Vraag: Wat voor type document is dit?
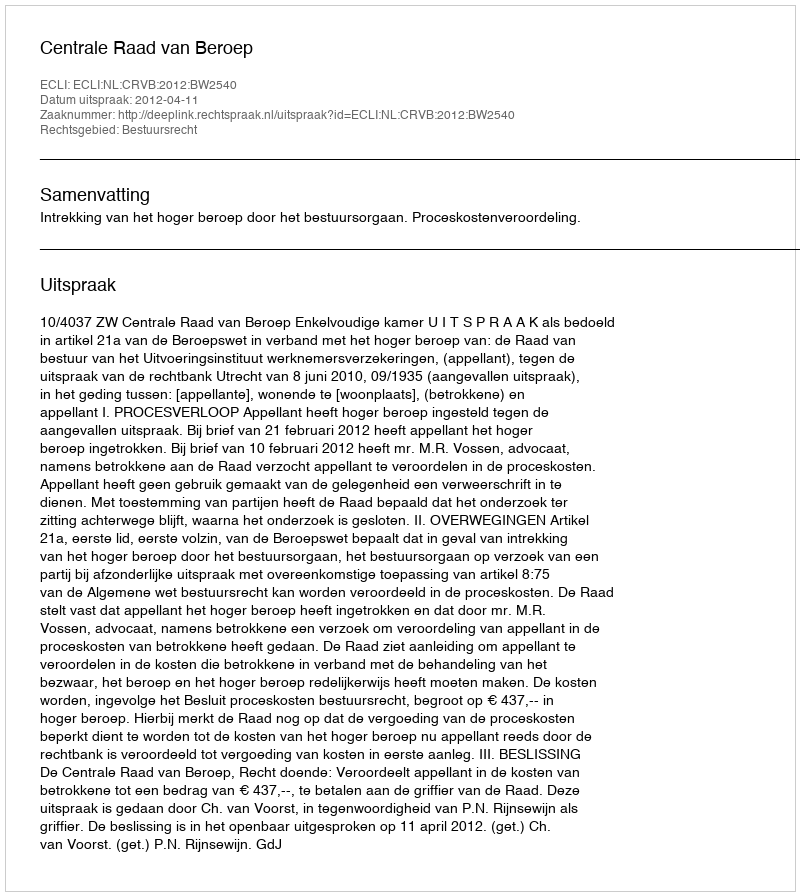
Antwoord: Uitspraak